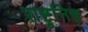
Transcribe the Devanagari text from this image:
राष्ट्रनिष्ठ